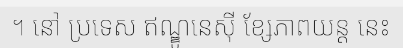
។ នៅ ប្រទេស ឥណ្ឌូនេស៊ី ខ្សែភាពយន្ត នេះ